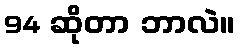
94 ဆိုတာ ဘာလဲ။